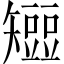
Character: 𥐍